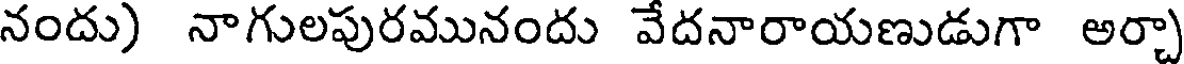
నందు) నాగులపురమునందు వేదనారాయణుడుగా అర్చా